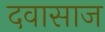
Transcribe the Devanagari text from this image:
दवासाज